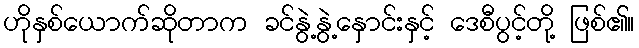
ဟိုနှစ်ယောက်ဆိုတာက ခင်နွဲ့နွဲ့နှောင်းနှင့် ဒေစီပွင့်တို့ ဖြစ်၏။